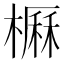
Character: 𣙽